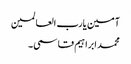
آمین یارب العالمین
محمد ابراہیم قاسمی۔